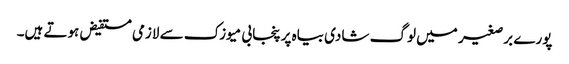
پورے برصغیر میں لوگ شادی بیاہ پر پنجابی میوزک سے لازمی مستفیض ہوتے ہیں۔